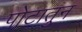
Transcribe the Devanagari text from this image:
पोटातुन